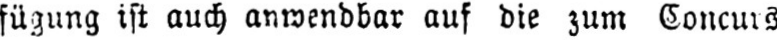
fügung ist auch anwendbar auf die zum Concurs